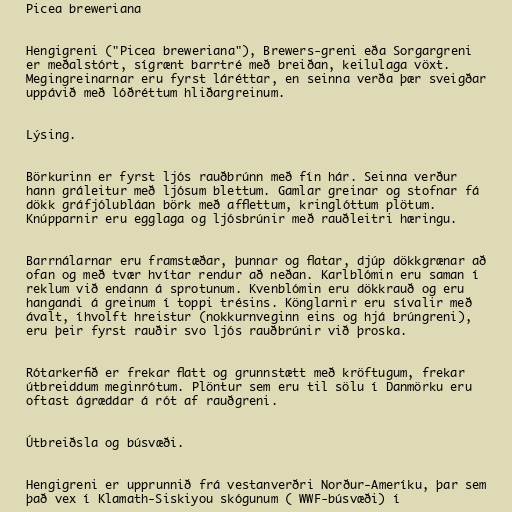
Picea breweriana

Hengigreni ("Picea breweriana"), Brewers-greni eða Sorgargreni
er meðalstórt, sígrænt barrtré með breiðan, keilulaga vöxt.
Megingreinarnar eru fyrst láréttar, en seinna verða þær sveigðar
uppávið með lóðréttum hliðargreinum.

Lýsing.

Börkurinn er fyrst ljós rauðbrúnn með fín hár. Seinna verður
hann gráleitur með ljósum blettum. Gamlar greinar og stofnar fá
dökk gráfjólubláan börk með afflettum, kringlóttum plötum.
Knúpparnir eru egglaga og ljósbrúnir með rauðleitri hæringu.

Barrnálarnar eru framstæðar, þunnar og flatar, djúp dökkgrænar að
ofan og með tvær hvítar rendur að neðan. Karlblómin eru saman í
reklum við endann á sprotunum. Kvenblómin eru dökkrauð og eru
hangandi á greinum í toppi trésins. Könglarnir eru sívalir með
ávalt, íhvolft hreistur (nokkurnveginn eins og hjá brúngreni),
eru þeir fyrst rauðir svo ljós rauðbrúnir við þroska.

Rótarkerfið er frekar flatt og grunnstætt með kröftugum, frekar
útbreiddum meginrótum. Plöntur sem eru til sölu í Danmörku eru
oftast ágræddar á rót af rauðgreni.

Útbreiðsla og búsvæði.

Hengigreni er upprunnið frá vestanverðri Norður-Ameríku, þar sem
það vex í Klamath-Siskiyou skógunum ( WWF-búsvæði) í